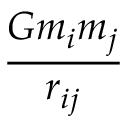
\frac { G m _ { i } m _ { j } } { r _ { i j } }